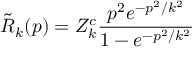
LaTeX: \tilde { R } _ { k } ( p ) = Z _ { k } ^ { c } \frac { p ^ { 2 } e ^ { - p ^ { 2 } / k ^ { 2 } } } { 1 - e ^ { - p ^ { 2 } / k ^ { 2 } } }